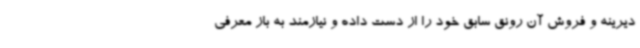
دیرینه و فروش آن رونق سابق خود را از دست داده و نیازمند به باز معرفی